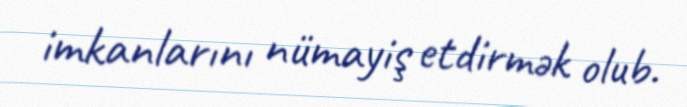
imkanlarını nümayiş etdirmək olub.